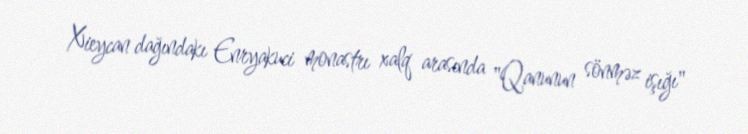
Xieycan dağındakı Enryakuci monastrı xalq arasında "Qanunun sönməz işığı"